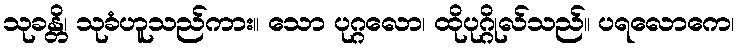
သုခန္တိ၊ သုခံဟူသည်ကား။ သော ပုဂ္ဂလော၊ ထိုပုဂ္ဂိုလ်သည်။ ပရလောကေ၊